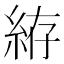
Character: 𱹲